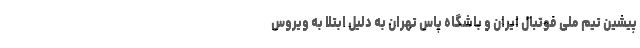
پیشین تیم ملی فوتبال ایران و باشگاه پاس تهران به دلیل ابتلا به ویروس